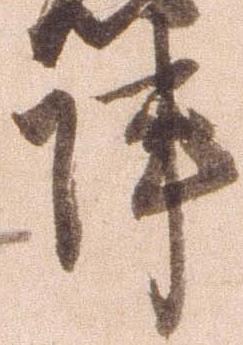
陣